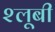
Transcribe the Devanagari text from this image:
श्लूबी